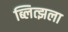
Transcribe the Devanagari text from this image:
ब्लित्झला